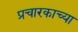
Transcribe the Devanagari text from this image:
प्रचारकाच्या